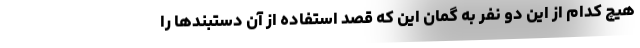
هیچ کدام از این دو نفر به گمان این که قصد استفاده از آن دستبندها را